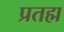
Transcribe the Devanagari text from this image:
प्रतह्म